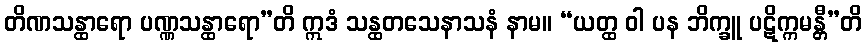
တိဏသန္ထာရော ပဏ္ဏသန္ထာရော”တိ ဣဒံ သန္ထတသေနာသနံ နာမ။ “ယတ္ထ ဝါ ပန ဘိက္ခူ ပဋိက္ကမန္တီ”တိ